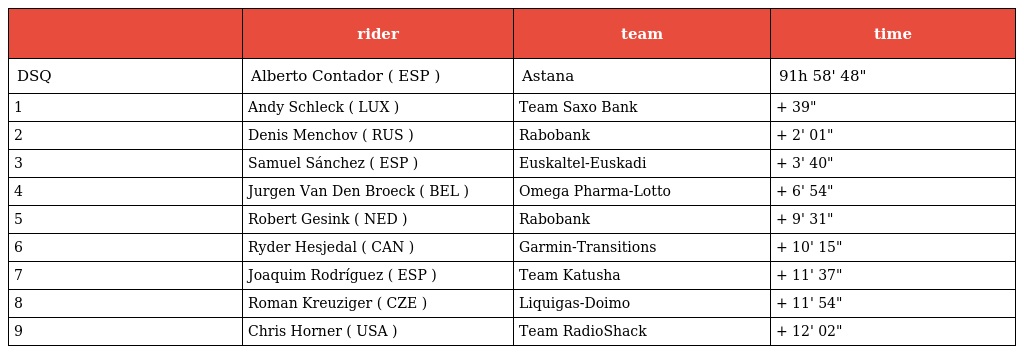
|  | rider | team | time |
 | --- | --- | --- | --- |
 | DSQ | Alberto Contador ( ESP ) | Astana | 91h 58' 48" |
 | 1 | Andy Schleck ( LUX ) | Team Saxo Bank | + 39" |
 | 2 | Denis Menchov ( RUS ) | Rabobank | + 2' 01" |
 | 3 | Samuel Sánchez ( ESP ) | Euskaltel-Euskadi | + 3' 40" |
 | 4 | Jurgen Van Den Broeck ( BEL ) | Omega Pharma-Lotto | + 6' 54" |
 | 5 | Robert Gesink ( NED ) | Rabobank | + 9' 31" |
 | 6 | Ryder Hesjedal ( CAN ) | Garmin-Transitions | + 10' 15" |
 | 7 | Joaquim Rodríguez ( ESP ) | Team Katusha | + 11' 37" |
 | 8 | Roman Kreuziger ( CZE ) | Liquigas-Doimo | + 11' 54" |
 | 9 | Chris Horner ( USA ) | Team RadioShack | + 12' 02" |